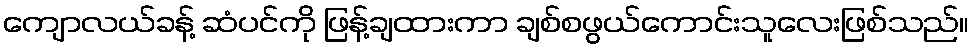
ကျောလယ်ခန့် ဆံပင်ကို ဖြန့်ချထားကာ ချစ်စဖွယ်ကောင်းသူလေးဖြစ်သည်။